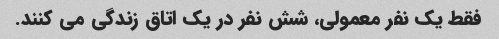
فقط یک نفر معمولی، شش نفر در یک اتاق زندگی می کنند.